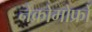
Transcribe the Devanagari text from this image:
नेक्रोमोर्फ्रों